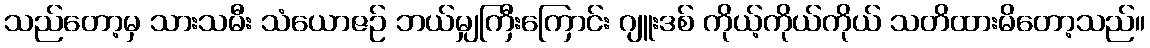
သည်တော့မှ သားသမီး သံယောဇဉ် ဘယ်မျှကြီးကြောင်း ဂျူးဒစ် ကိုယ့်ကိုယ်ကိုယ် သတိထားမိတော့သည်။